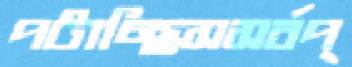
পটাচ্ছিসসর্বপ্